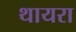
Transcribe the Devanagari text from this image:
थायरा